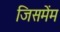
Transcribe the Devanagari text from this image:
जिसमेंम